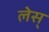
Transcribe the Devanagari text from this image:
लेस्